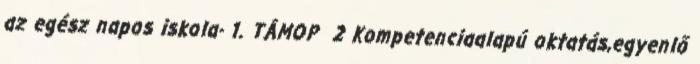
az egész napos iskola- 1. TÁMOP 2 Kompetenciaalapú oktatás,egyenlő